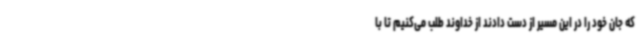
که جان خود را در این مسیر از دست دادند از خداوند طلب می‌کنیم تا با